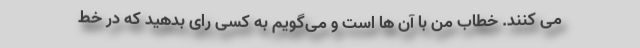
می کنند. خطاب من با آن ها است و می‌گویم به کسی رای بدهید که در خط